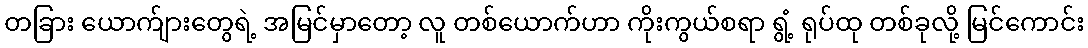
တခြား ယောက်ျားတွေရဲ့ အမြင်မှာတော့ လူ တစ်ယောက်ဟာ ကိုးကွယ်စရာ ရွံ့ ရုပ်ထု တစ်ခုလို့ မြင်ကောင်း